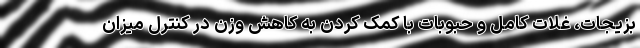
بزیجات، غلات کامل و حبوبات با کمک کردن به کاهش وزن در کنترل میزان